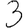
Digit: 3